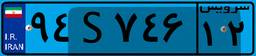
۲۴S۷۴۱۱۰